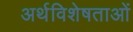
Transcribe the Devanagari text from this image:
अर्थविशेषताओं